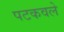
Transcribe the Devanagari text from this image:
पटकवले